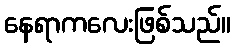
နေရာကလေးဖြစ်သည်။